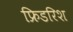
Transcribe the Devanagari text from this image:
फ्रिडरिश